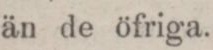
än de öfriga.